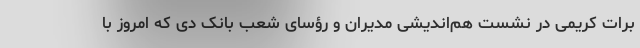
برات کریمی در نشست هم‌اندیشی مدیران و رؤسای شعب بانک دی که امروز با